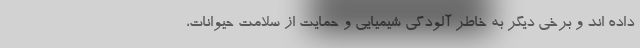
داده اند و برخی دیگر به خاطر آلودگی شیمیایی و حمایت از سلامت حیوانات،